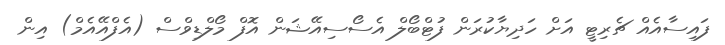
ފައިސާއެއް ޗެރިޓީ އަށް ހަދިޔާކުރަން ފުޓްބޯލް އެސޯސިއޭޝަން އޮފް މޯލްޑިވްސް (އެފްއޭއެމް) އިން